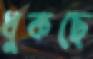
ধুকছে